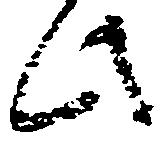
此